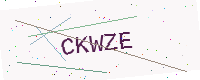
Text: CKWZE